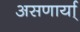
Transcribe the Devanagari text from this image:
असणार्या्